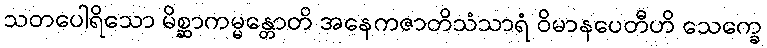
သတပေါရိသော မိစ္ဆာကမ္မန္တောတိ အနေကဇာတိသံသာရံ ဝိမာနပေတီဟိ သေက္ခေ